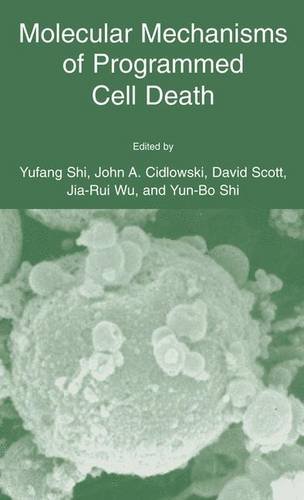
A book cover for Molecular Mechanisms of Programmed Cell Death; Medical Books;